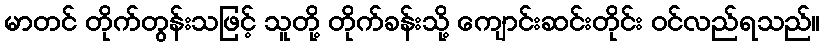
မာတင် တိုက်တွန်းသဖြင့် သူတို့ တိုက်ခန်းသို့ ကျောင်းဆင်းတိုင်း ဝင်လည်ရသည်။